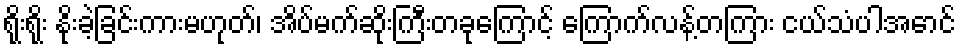
ရိုးရိုး နိုးခဲ့ခြင်းကားမဟုတ်၊ အိပ်မက်ဆိုးကြီးတခုကြောင့် ကြောက်လန့်တကြား ငယ်သံပါအောင်